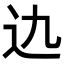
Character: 𨑍